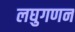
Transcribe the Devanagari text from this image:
लघुगणन